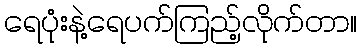
ရေပုံးနဲ့ရေပက်ကြည့်လိုက်တာ။